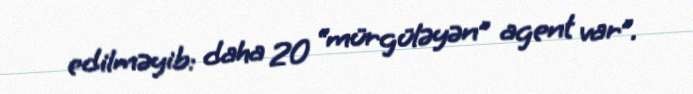
edilməyib: daha 20 “mürgüləyən” agent var”.